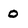
Character: o